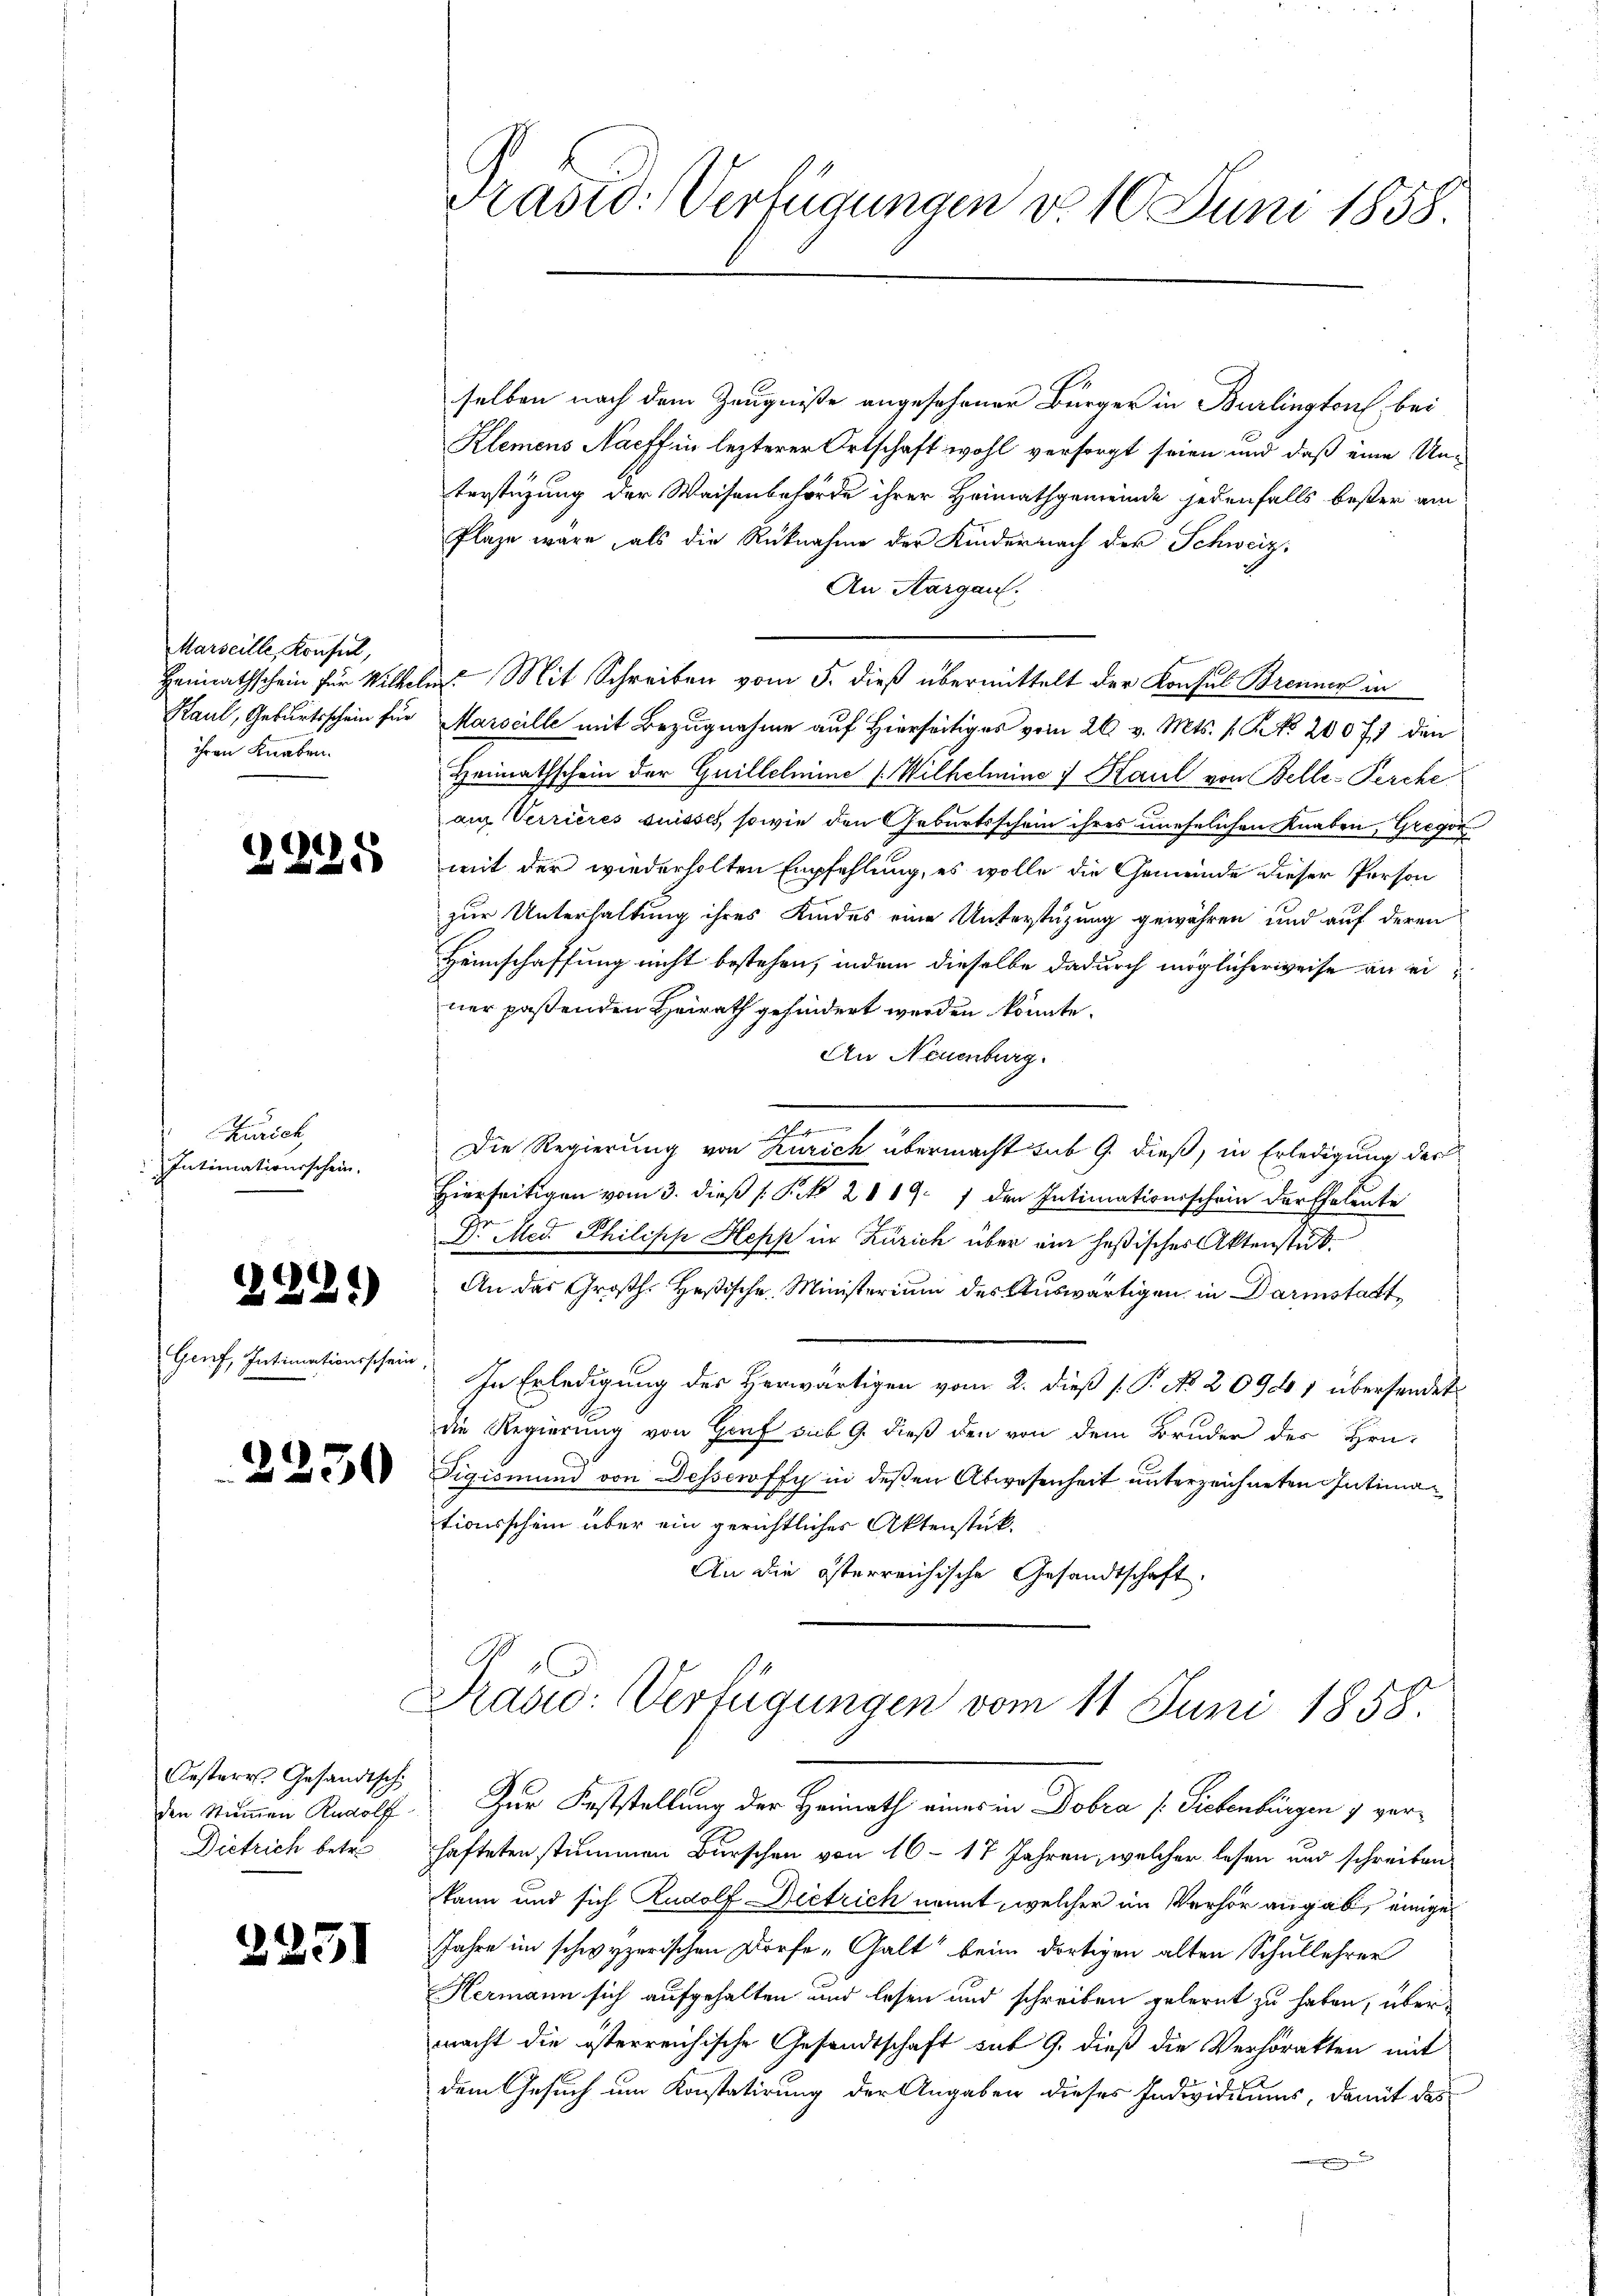
Marseille, Konseil,
Kaul, Geburtsschein für
ihren Knaben.

2225

urich
Intimationsschein.

2221)

Genf, Intimationsschein

2230

Oesterr. Gesandtsch
den Stummen Rudolf
Dietrich betre

2251

selben nach dem Zeugniße angesehener Bürger in Burlington bei
Klemens Nacff in lezterer Ortschaft wohl versorgt seien und daß eine Unterstüzung der Waisenbehörde ihrer Heimathgemeinde jedenfalls bester am
Plaze wäre, als die Rücknahme der Kindernach der Schweiz.
An Aargau.
Heimathschein für Wilkeln. Mit Schreiben vom 5. dieß übermittelt der Konsul Brenner in
Marseille mit Bezugnahme auf Hierseitiges vom 26. v. Mts. 1. No. 20077 den
Heimathschein der Guillelmine (Wilhelmine 7 Kaul von Belle-Perche
auf Verrieres suisses, sowie den Geburtsschein ihres unehelichen Knaben, Gregor
mit der wiederholten Empfehlung, es wolle die Gemeinde dieser Person
zur Unterhaltung ihres Kindes eine Unterstüzung gewähren und auf deren
Heimschaffung nicht bestehen, indem dieselbe dadurch möglicherweise an einer passenden Heirath gehindert werden könnte.
An Neuenburg.
a
Die Regierung von Zürich übermacht sub 9. dieß, in Erledigung des
Hierseitigen vom 3. dieß (: P. 2819. 1 den Intimationsschein der Eheleute
Dr Med. Philipp Hepp in Zürich über ein heßisches Aktenstat¬
An das Großh. Heßische Ministerium des Auswärtigen in Darinstatt
In Erledigung des Herwärtigen vom 2. dieß s. P. No. 209001 übersendet
die Regierung von Graf sub 9. dieß den von dem Bruder des Hrn.
Tigismund von Dessewffy in deßen Abwesenheit unterzeichneten Intimationsschein über ein gerichtliches Aktenstük¬
An die österreichische Gesandtschaft.
Prasi: Verfügungen vom 11 Juni 1858.
Zur Feststellung der Heimath eines in Dobra (Siebenbürgen 7 verhafteten stummen Burschen von 16 - 17 Jahren, welcher lesen und schreiben
kann und sich Rudolf Dietrich nannt, welcher im Verhör angab, einige
Jahre im schwyzerischen Dorfe-Galt“ beim dortigen alten Schullehrer
Hermann sich aufgehalten und lesen und schreiben gelernt zu haben, übermacht die österreichische Gesandtschaft sub 9. dieß die Verhörakten mit
dem Gesuch um Konstatirung der Angaben dieses Individiums, damit das

Präsid: Verfügungen v. 10. Juni 1858.